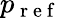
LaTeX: p_{\mathrm{~r~e~f~}}